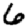
Digit: 6